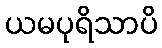
ယမပုရိသာပိ